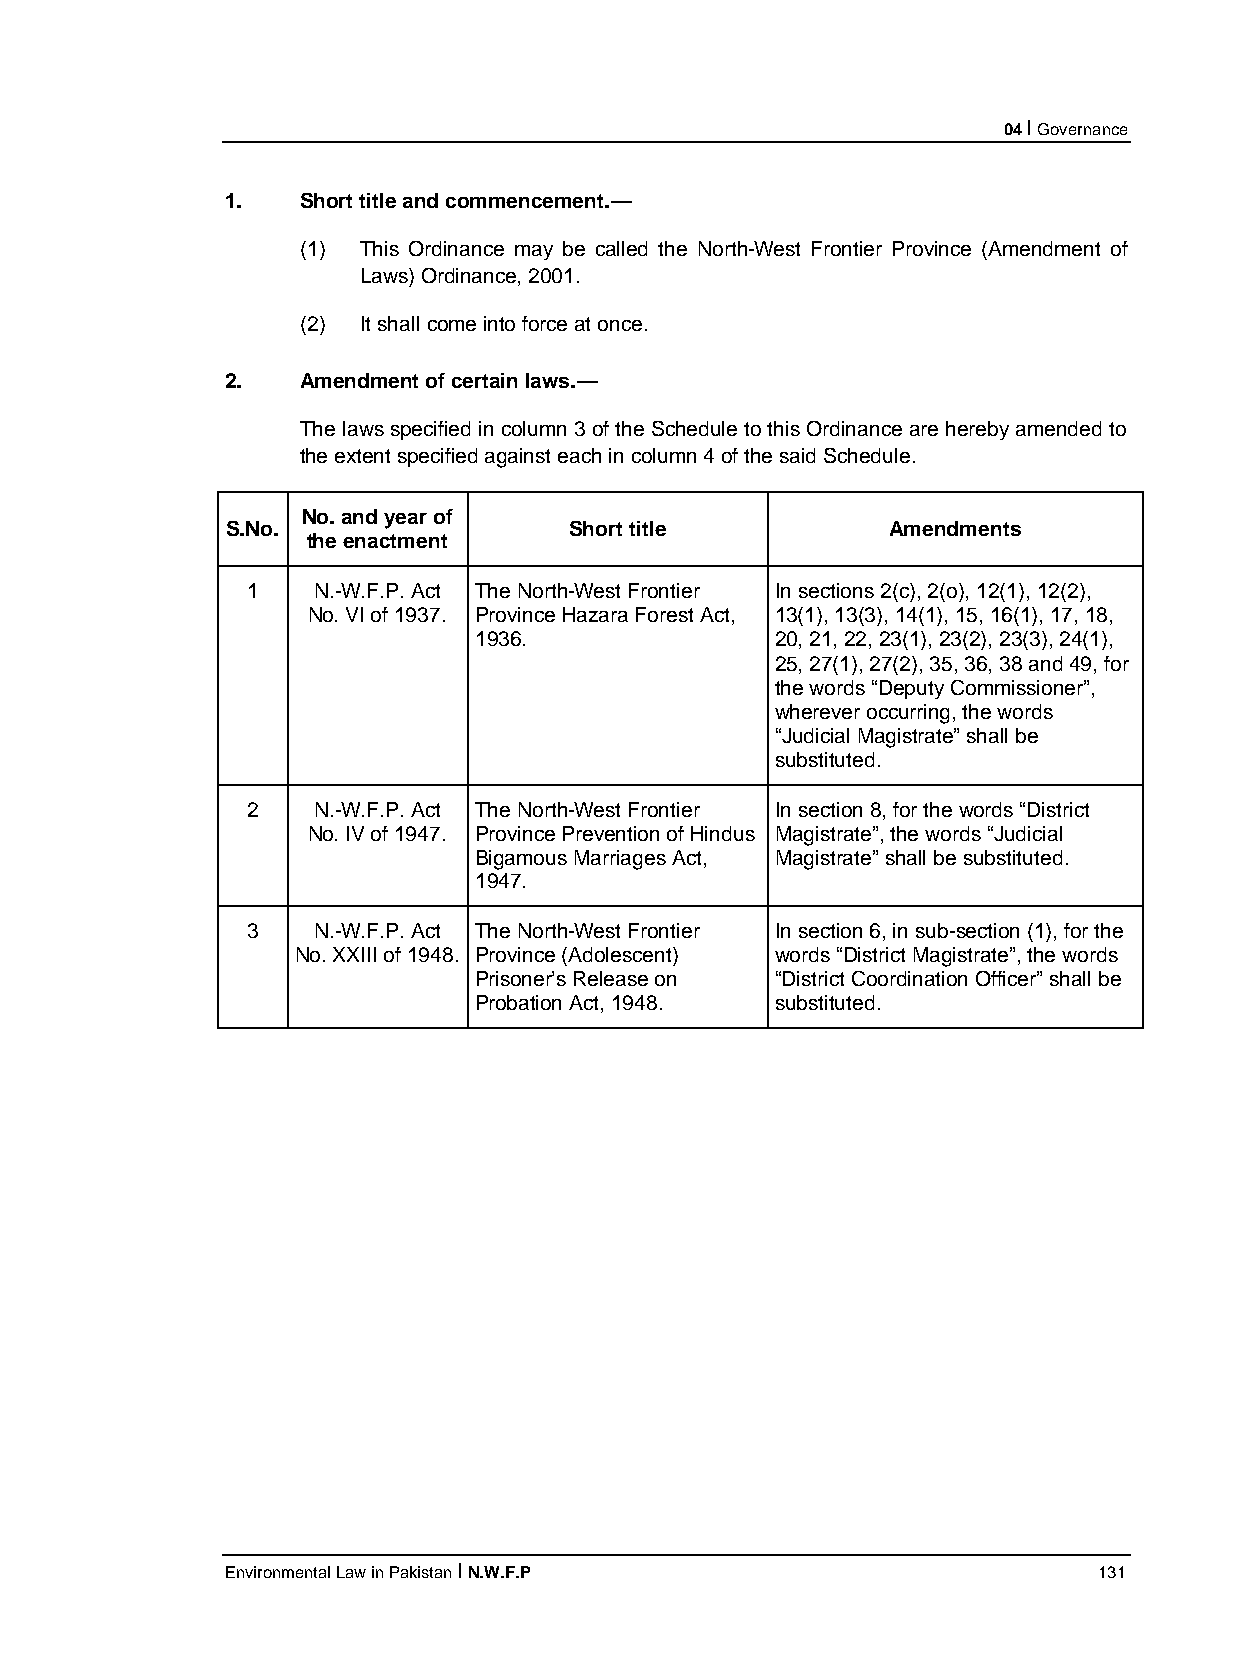
04 I Governance
 1.   Short title and commencement.—
 (1) This Ordinance may be called the North-West Frontier Province (Amendment of
 Laws) Ordinance, 2001.
 (2) It shall come into force at once.
 2.   Amendment of certain laws.—
 The laws specified in column 3 of the Schedule to this Ordinance are hereby amended to
 the extent specified against each in column 4 of the said Schedule.
 No. and year of
 S.No.                  Short title          Amendments
 the enactment
 1    N.-W.F.P. Act The North-West Frontier In sections 2(c), 2(o), 12(1), 12(2),
 No. VI of 1937. Province Hazara Forest Act, 13(1), 13(3), 14(1), 15, 16(1), 17, 18,
 1936.               20, 21, 22, 23(1), 23(2), 23(3), 24(1),
 25, 27(1), 27(2), 35, 36, 38 and 49, for
 the words “Deputy Commissioner”,
 wherever occurring, the words
 “Judicial Magistrate” shall be
 substituted.
 2    N.-W.F.P. Act The North-West Frontier In section 8, for the words “District
 No. IV of 1947. Province Prevention of Hindus Magistrate”, the words “Judicial
 Bigamous Marriages Act, Magistrate” shall be substituted.
 1947.
 3    N.-W.F.P. Act The North-West Frontier In section 6, in sub-section (1), for the
 No. XXIII of 1948. Province (Adolescent) words “District Magistrate”, the words
 Prisoner’s Release on “District Coordination Officer” shall be
 Probation Act, 1948. substituted.
 Environmental Law in Pakistan I N.W.F.P                   131